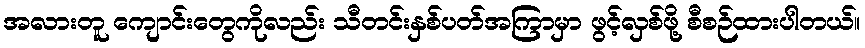
အလားတူ ကျောင်းတွေကိုလည်း သီတင်းနှစ်ပတ်အကြာမှာ ဖွင့်လှစ်ဖို့ စီစဉ်ထားပါတယ်။